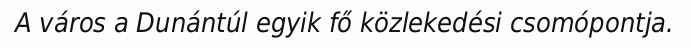
A város a Dunántúl egyik fő közlekedési csomópontja.